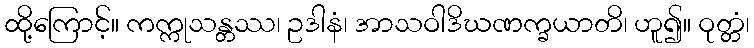
ထို့ကြောင့်။ ကက္ကုသန္တဿ၊ ဥဒါနံ၊ အာသဝါဒိဃဏက္ခယာတိ၊ ဟူ၍။ ဝုတ္တံ၊